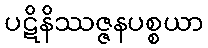
ပဋိနိဿဇ္ဇနပစ္စယာ